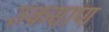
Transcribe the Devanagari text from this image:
उकसाण